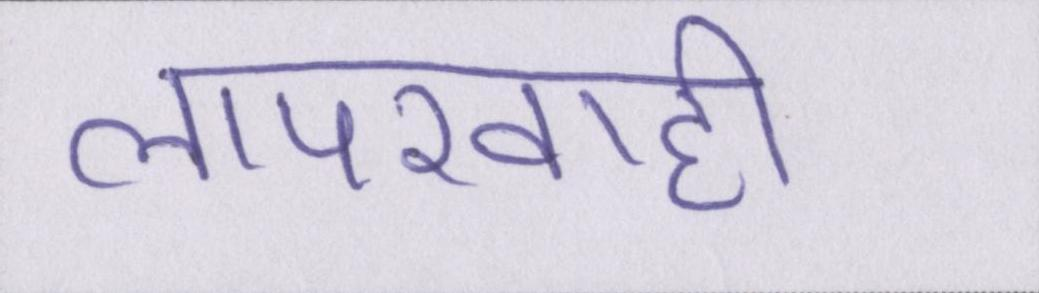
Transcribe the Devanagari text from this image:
लापरवाही